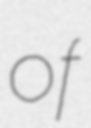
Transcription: of